Indian Medical Review
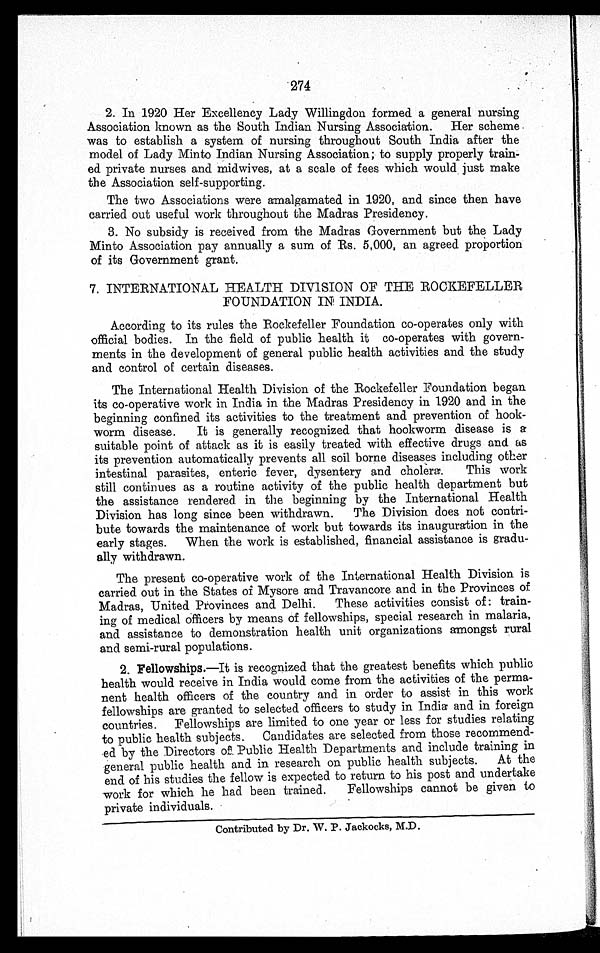
•
274
2. In 1920 Her Excellency Lady Willingdon formed a general nursing
Association known as the South Indian Nursing Association. Her scheme
was to establish a system of nursing throughout South India after the
model of Lady Minto Indian Nursing Association; to supply properly train
-
ed private nurses and midwives, at a scale of fees which would just make
the Association self-supporting.
The two Associations were amalgamated in 1920, and since then have
carried out useful work throughout the Madras Presidency.
3. No subsidy is received from the Madras Government but the Lady
Minto Association pay annually a sum of Rs. 5,000, an agreed proportion
of its Government grant.
7. INTERNATIONAL HEALTH DIVISION OF THE ROCKEFELLER
FOUNDATION IN INDIA.
According to its rules the Rockefeller Foundation co-operates only with
official bodies. In the field of public health it co-operates with govern
-
ments in the development of general public health activities and the study
and control of certain diseases.
The International Health Division of the Rockefeller Foundation began
its co-operative work in India in the Madras Presidency in 1920 and in the
beginning confined its activities to the treatment and prevention of hook
-
worm disease. It is generally recognized that hookworm disease is a
suitable point of attack as it is easily treated with effective drugs and as
its prevention automatically prevents all soil borne diseases including other
intestinal parasites, enteric fever, dysentery and cholera. This work
still continues as a routine activity of the public health department but
the assistance rendered in the beginning by the International Health
Division has long since been withdrawn. The Division does not contri
-
bute towards the maintenance of work but towards its inauguration in the
early stages. When the work is established, financial assistance is gradu
-
ally withdrawn.
The present co-operative work of the International Health Division is
carried out in the States of Mysore and Travancore and in the Provinces of
Madras, United Provinces and Delhi. These activities consist of : train
-
ing of medical officers by means of fellowships, special research in malaria,
and assistance to demonstration health unit organizations amongst rural
and semi-rural populations.
2. Fellowships.—It is recognized that the greatest benefits which public
health would receive in India would come from the activities of the perma
-
nent health officers of the country and in order to assist in this work
fellowships are granted to selected officers to study in India and in foreign
countries. Fellowships are limited to one year or less for studies relating
to public health subjects. Candidates are selected from those recommend
-
ed by the Directors of. Public Health Departments and include training in
general public health and in research on public health subjects. At the
end of his studies the fellow is expected to return to his post and undertake
work for which lie had been trained. Fellowships cannot be given to
private individuals.
Contributed by Dr. W. P. Jackocks, M.D.